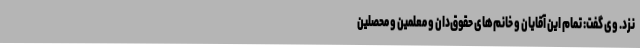
نزد. وی گفت: تمام این آقایان و خانم‌های حقوق‌دان و معلمین و محصلین